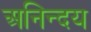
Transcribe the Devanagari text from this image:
अनिन्दय